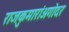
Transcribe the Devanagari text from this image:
राजकुमारांअगोदर